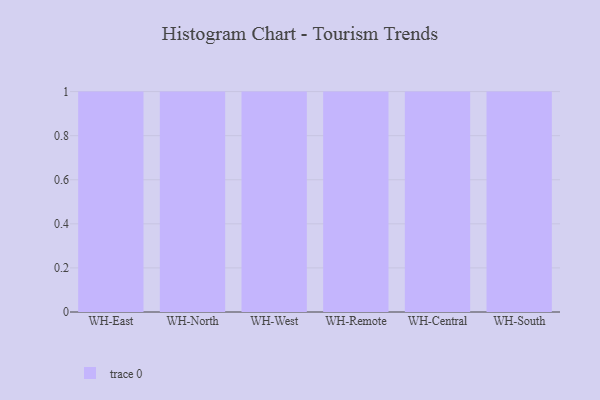
{"axis": {"x": "Warehouse", "y": "Gross Profit (USD K)"}, "legend": [""], "data": [{"x": "WH-East", "y": 40, "type": ""}, {"x": "WH-North", "y": 88, "type": ""}, {"x": "WH-West", "y": 73, "type": ""}, {"x": "WH-Remote", "y": 72, "type": ""}, {"x": "WH-Central", "y": 9, "type": ""}, {"x": "WH-South", "y": 46, "type": ""}]}